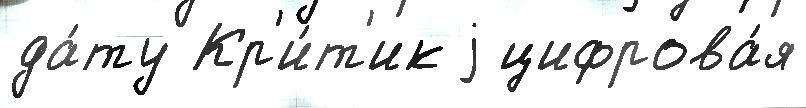
да́ту Кр'и́т'ик j цифрова́я